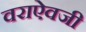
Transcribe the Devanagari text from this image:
वराऐवजी